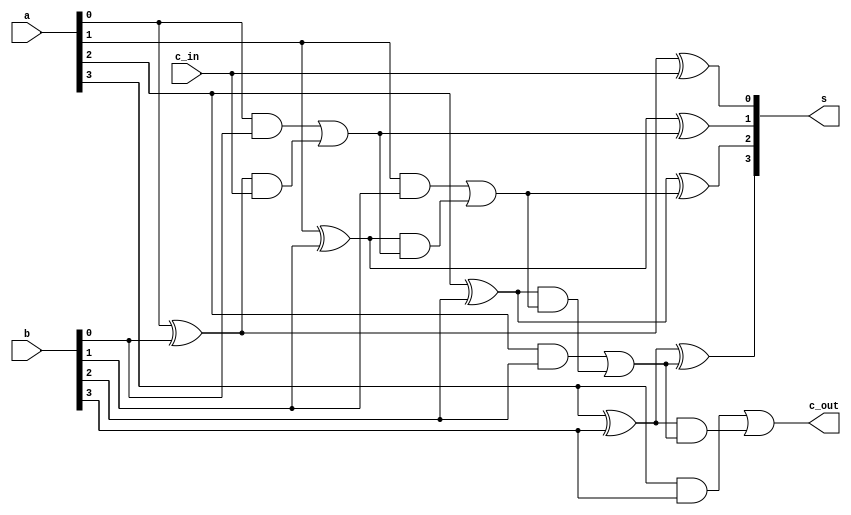
`timescale 1ns / 1ps
//////////////////////////////////////////////////////////////////////////////////
// Company: 
// Engineer: 
// 
// Design Name: 
// Module Name: CLA4
// Project Name: 
// Target Devices: 
// Tool Versions: 
// Description: 
// 
// Dependencies: 
// 
// Revision:
// Revision 0.01 - File Created
// Additional Comments:
// 
//////////////////////////////////////////////////////////////////////////////////


module CLA4(a, b, c_in, s, c_out);
    input [3:0]a,b;
    input c_in;
    output [3:0]s;
    output c_out;
    //c[0]=(a[0]&b[0])|((a[0]^b[0])&c_in);
    //c[1]= (a[1] & b[1]) | ( ( a[1] ^ b[1] ) & ( ( a[0] & b[0]) | ( ( a[0] ^ b[0] ) & c_in ) ) ) ;
    //c[2]=( a[2] & b[2]) | ( ( a[2] ^ b[2] )& ((a[1] & b[1]) | ( ( a[1] ^ b[1] ) & ( ( a[0] & b[0]) | ( ( a[0] ^ b[0] ) & c_in ) ) ) ) ;
    assign s[0]=a[0]^b[0]^c_in;
    assign s[1]=a[1]^b[1]^((a[0]&b[0])|((a[0]^b[0])&c_in));
    assign s[2]=a[2]^b[2]^( (a[1] & b[1]) | ( ( a[1] ^ b[1] ) & ( ( a[0] & b[0]) | ( ( a[0] ^ b[0] ) & c_in ) ) ) );
    assign s[3]=a[3]^b[3]^( ( a[2] & b[2]) | ( ( a[2] ^ b[2] )& ((a[1] & b[1]) | ( ( a[1] ^ b[1] ) & ( ( a[0] & b[0]) | ( ( a[0] ^ b[0] ) & c_in ) ) ) ) ) );
    assign c_out=( a[3] & b[3] ) | ( ( a[3] ^ b[3] ) & ( ( a[2] & b[2]) | ( ( a[2] ^ b[2] )& ((a[1] & b[1]) | ( ( a[1] ^ b[1] ) & ( ( a[0] & b[0]) | ( ( a[0] ^ b[0] ) & c_in ) ) ) ) ) ) );
endmodule